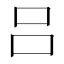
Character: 吕